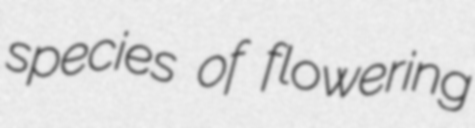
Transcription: species of flowering